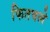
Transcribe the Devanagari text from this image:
फितवले